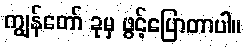
ကျွန်တော် ခုမှ ဖွင့်ပြောတာပါ။